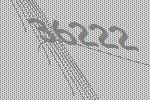
36222